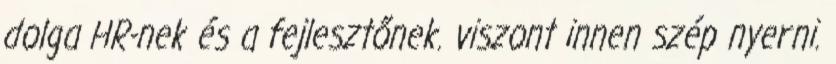
dolga HR-nek és a fejlesztőnek. viszont innen szép nyerni.